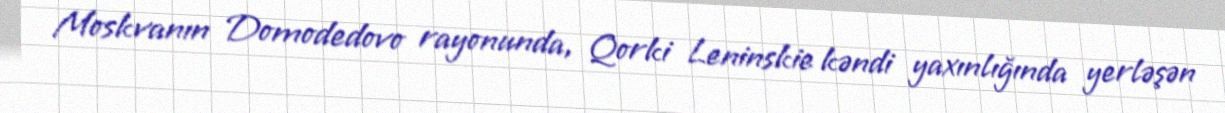
Moskvanın Domodedovo rayonunda, Qorki Leninskie kəndi yaxınlığında yerləşən